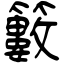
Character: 籔